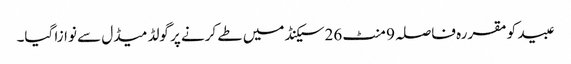
عبید کو مقررہ فاصلہ 9 منٹ 26سیکنڈ میں طے کرنے پر گولڈ میڈل سے نوازا گیا۔